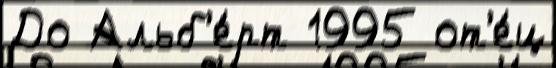
До Альб'е́рт 1995 от'е́ц